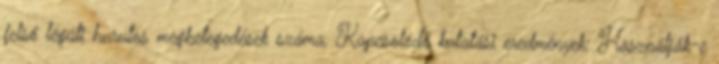
felső légúti hurutos megbetegedések száma. Kapcsolódó kutatási eredmények: Használják-e